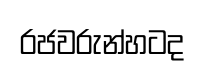
රජවරුන්හටද